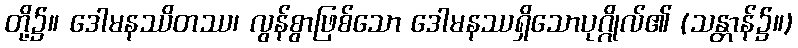
တို့၌။ ဒေါမနဿိတဿ၊ လွန်စွာဖြစ်သော ဒေါမနဿရှိသောပုဂ္ဂိုလ်၏ (သန္တာန်၌။)